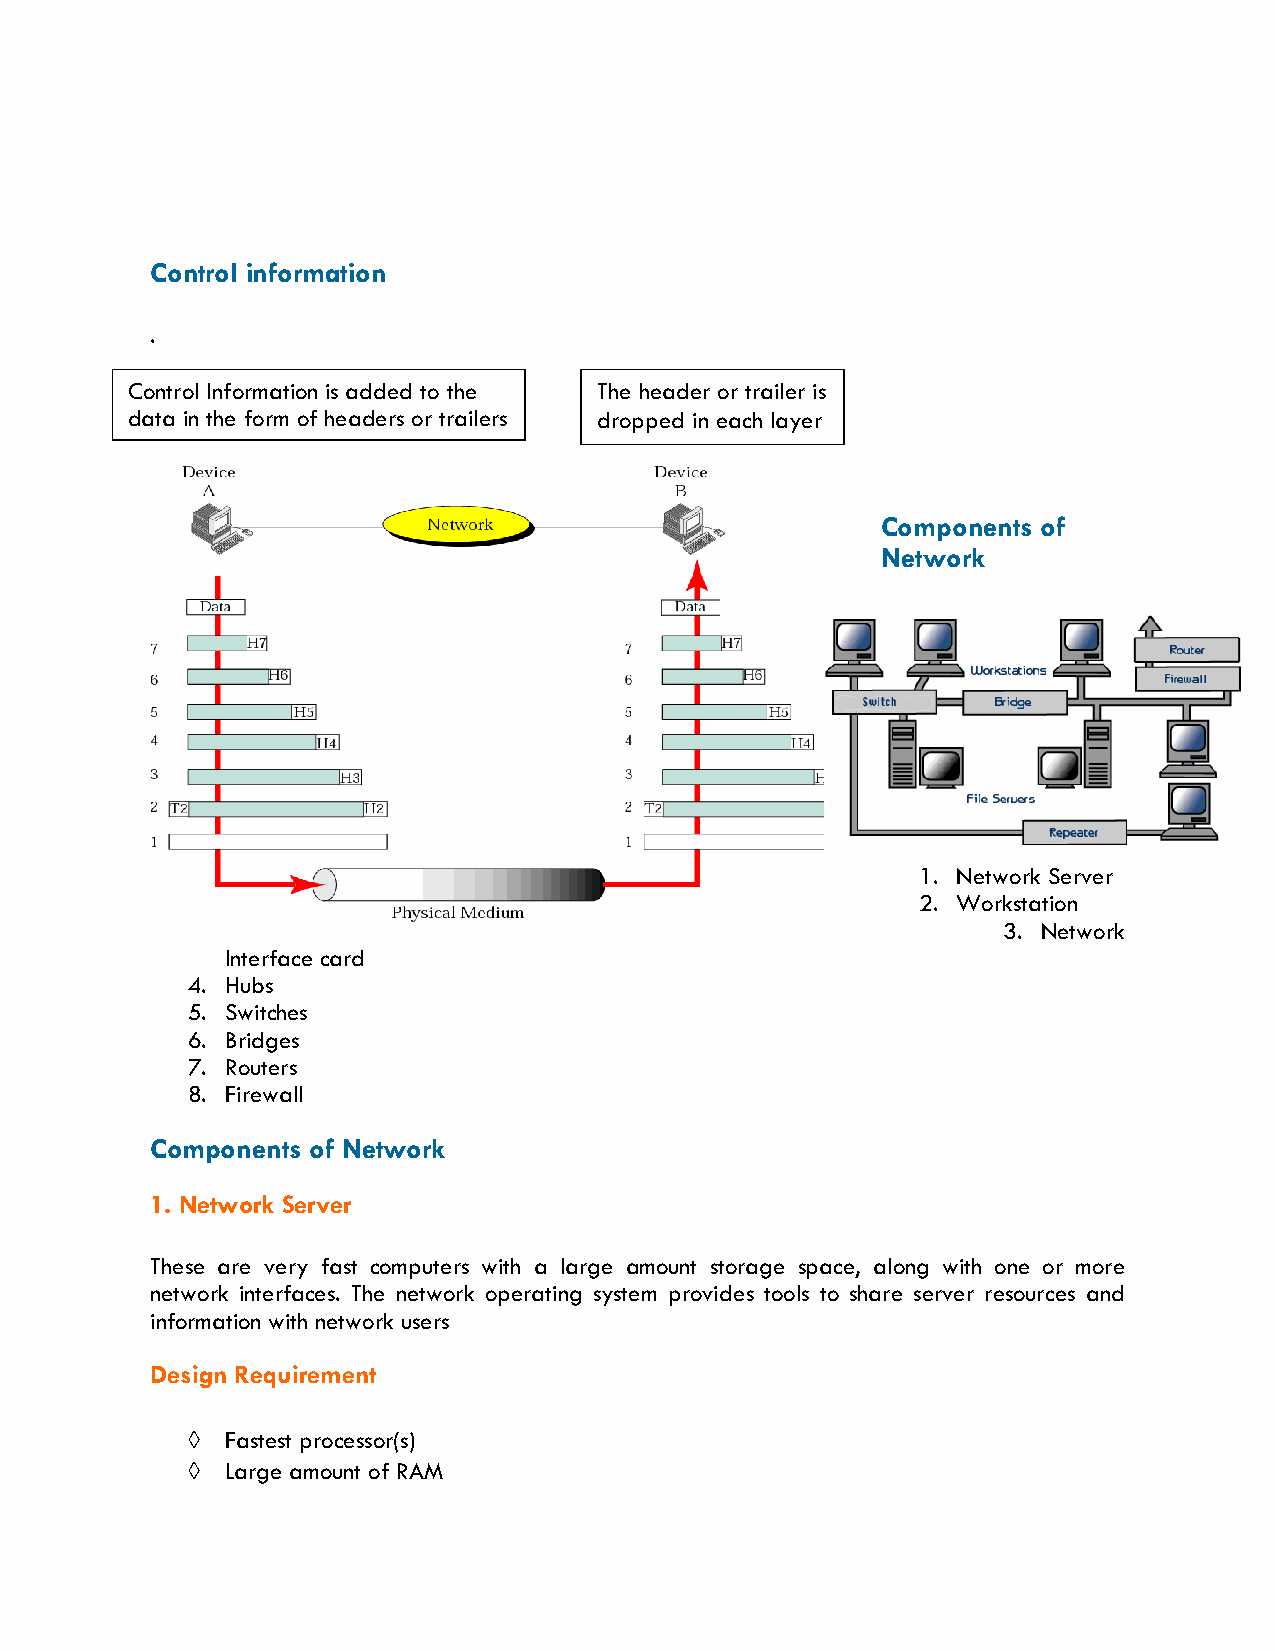
Control information
 .
 Co ntrol Information is added to the The header or trailer is
 da ta in the form of headers or trailers dropped in each layer
 Components of
 Network
 1. Network Server
 2. Workstation
 3. Network
 Interface card
 4. Hubs
 5. Switches
 6. Bridges
 7. Routers
 8. Firewall
 Components of Network
 1. Network Server
 These are very fast computers with a large amount storage space, along with one or more
 network interfaces. The network operating system provides tools to share server resources and
 information with network users
 Design Requirement
   Fastest processor(s)
   Large amount of RAM